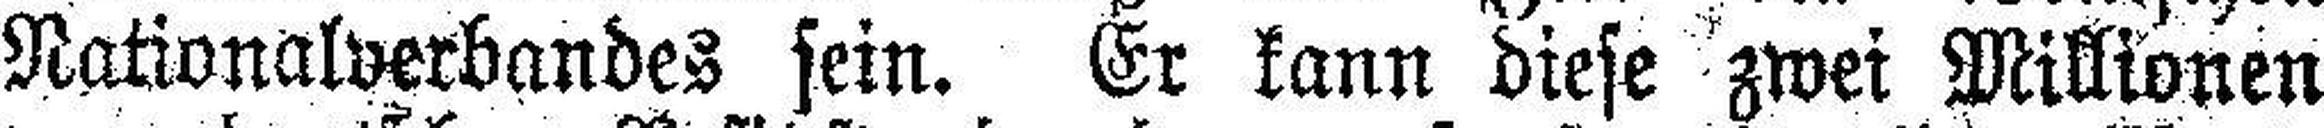
Nationalverbandes sein. Er kann diese zwei Millionen